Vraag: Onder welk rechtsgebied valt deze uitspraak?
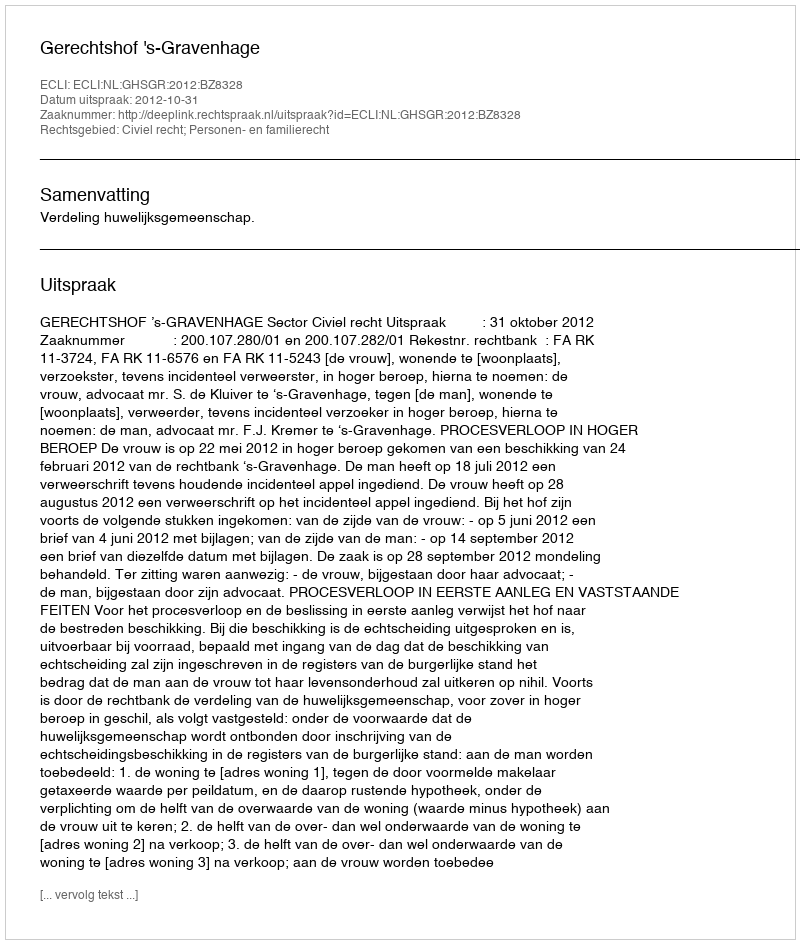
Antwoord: Civiel recht; Personen- en familierecht